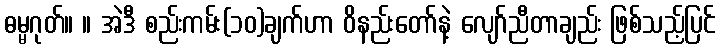
ဓမ္မဂုတ်။ ။ အဲဒီ စည်းကမ်း(၁၀)ချက်ဟာ ဝိနည်းတော်နဲ့ လျော်ညီတာချည်း ဖြစ်သည့်ပြင်